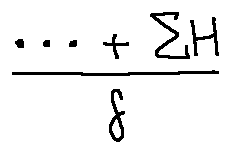
\frac { \cdots + \sum H } { f }